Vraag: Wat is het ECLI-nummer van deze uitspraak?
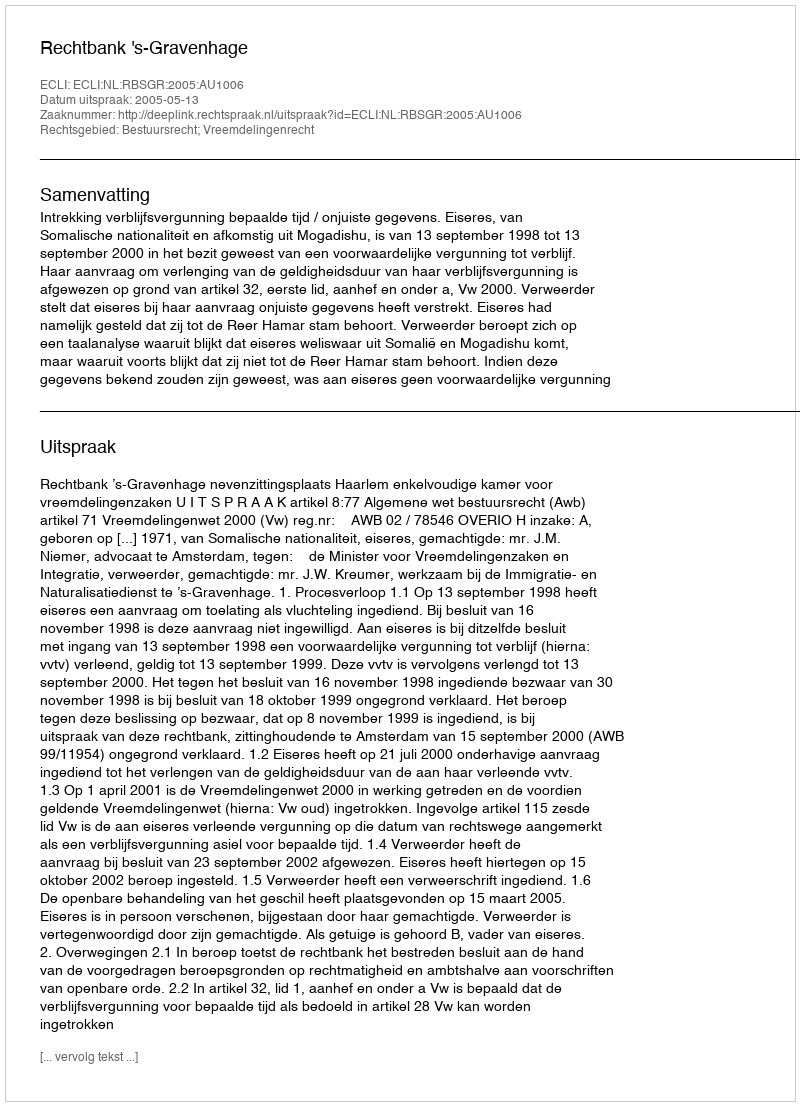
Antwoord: ECLI:NL:RBSGR:2005:AU1006